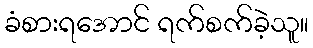
ခံစားရအောင် ရက်စက်ခဲ့သူ။